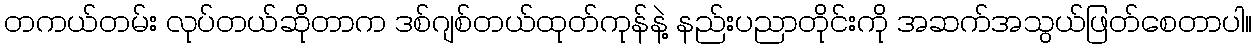
တကယ်တမ်း လုပ်တယ်ဆိုတာက ဒစ်ဂျစ်တယ်ထုတ်ကုန်နဲ့ နည်းပညာတိုင်းကို အဆက်အသွယ်ဖြတ်စေတာပါ။